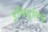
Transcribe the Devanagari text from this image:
इन्क्रिडूलिटी